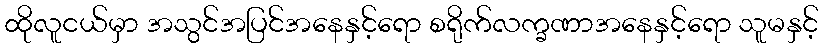
ထိုလူငယ်မှာ အသွင်အပြင်အနေနှင့်ရော စရိုက်လက္ခဏာအနေနှင့်ရော သူမနှင့်